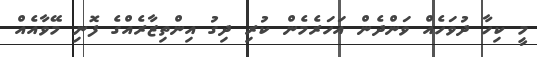
މީ ކިހާ ދުވަހެއް ވަންދެން އަހަރެމެން ކުރި ދިގު އިންތިޒާރެއްގެ ފޮނި މޭވާއެއް